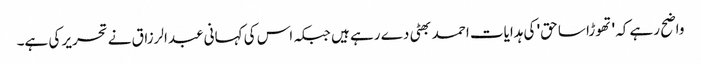
واضح رہے کہ 'تھوڑا سا حق' کی ہدایات احمد بھٹی دے رہے ہیں جبکہ اس کی کہانی عبدالرزاق نے تحریر کی ہے۔